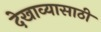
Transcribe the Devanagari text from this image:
देखाव्यासाठी